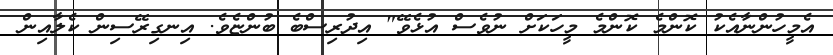
އެމީހުންނާއެކު ކޮންމެ ކޮންމެ މީހަކަށް ނުވެސް އުޅެވޭ" އިދުރިސްބެ ބުންޏެވެ. އިނގިރޭސިން ކެލާއިން